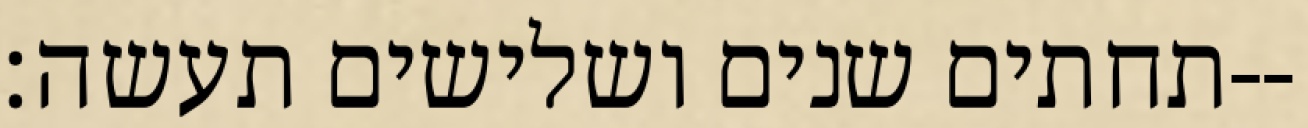
תחתים שנים ושלישים תעשה׃--